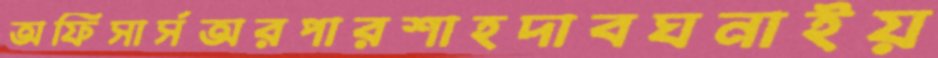
অফিসার্সঅরপারশাহদাবঘনাইয়